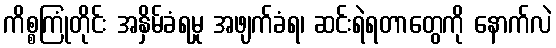
ကိစ္စကြုံတိုင်း အနှိမ်ခံရမှု အဖျက်ခံရ၊ ဆင်းရဲရတာတွေကို နောက်လဲ